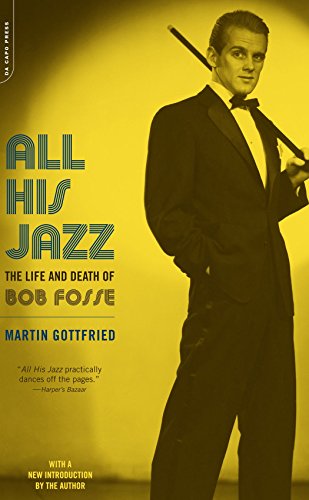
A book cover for All His Jazz: The Life And Death Of Bob Fosse; Martin Gottfried; Biographies & Memoirs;